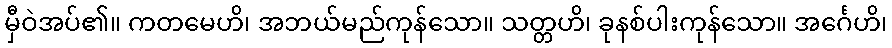
မှီဝဲအပ်၏။ ကတမေဟိ၊ အဘယ်မည်ကုန်သော။ သတ္တဟိ၊ ခုနစ်ပါးကုန်သော။ အင်္ဂေဟိ၊